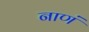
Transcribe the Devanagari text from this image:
नाणं